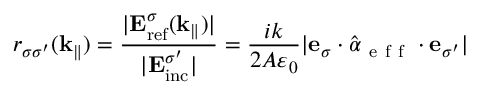
r _ { \sigma \sigma ^ { \prime } } ( \mathbf { k } _ { \| } ) = \frac { | \mathbf { E } _ { \mathrm { r e f } } ^ { \sigma } ( \mathbf { k } _ { \| } ) | } { | \mathbf { E } _ { \mathrm { i n c } } ^ { \sigma ^ { \prime } } | } = \frac { i k } { 2 A \varepsilon _ { 0 } } | \mathbf { e } _ { \sigma } \cdot \hat { \boldsymbol { \alpha } } _ { \mathrm { ~ e ~ f ~ f ~ } } \cdot \mathbf { e } _ { \sigma ^ { \prime } } |